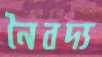
নৈবদ্য